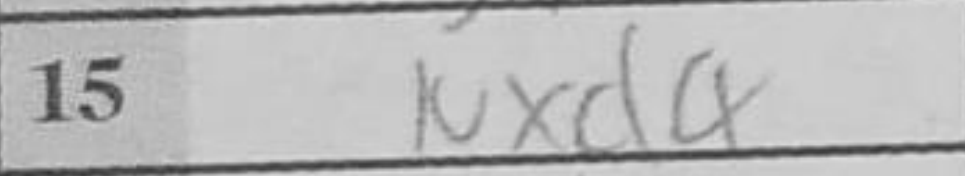
Transcription: Nxd4